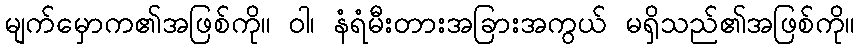
မျက်မှောက၏အဖြစ်ကို။ ဝါ၊ နံရံမီးတားအခြားအကွယ် မရှိသည်၏အဖြစ်ကို။